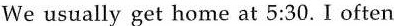
We usually get home at 5:30. I often